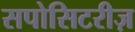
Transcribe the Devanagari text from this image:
सपोसिटरीज़